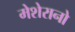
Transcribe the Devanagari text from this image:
मेशेरानो